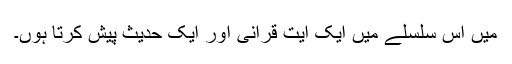
میں اس سلسلے میں ایک آیت قرآنی اور ایک حدیث پیش کرتا ہوں۔